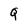
Character: Q